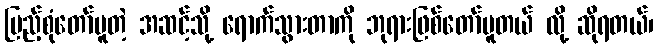
ပြည့်စုံတော်မူတဲ့ အဆင့်သို့ ရောက်သွားတာကို ဘုရားဖြစ်တော်မူတယ် လို့ ဆိုရတယ်၊